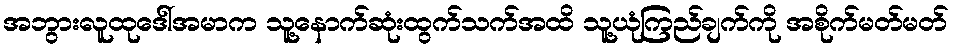
အဘွားလူထုဒေါ်အမာက သူ့နောက်ဆုံးထွက်သက်အထိ သူ့ယုံကြည်ချက်ကို အစိုက်မတ်မတ်